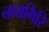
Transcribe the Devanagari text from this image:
नामगिरि